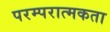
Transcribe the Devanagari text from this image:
परम्परात्मकता